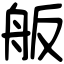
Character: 舨